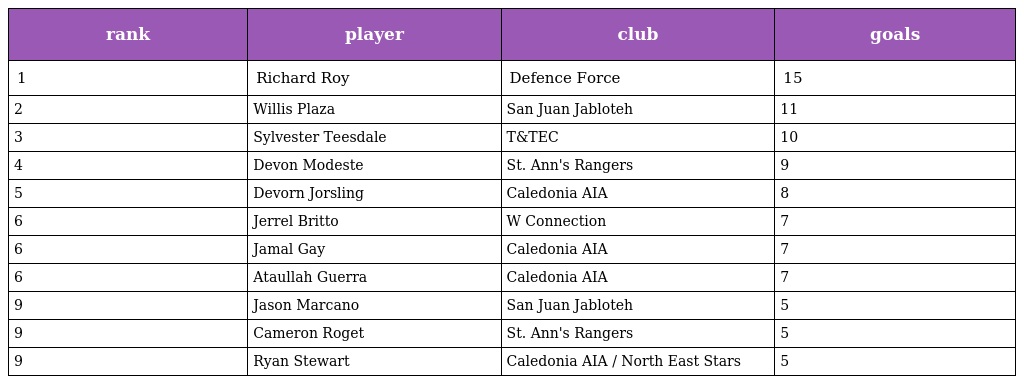
| rank | player | club | goals |
 | --- | --- | --- | --- |
 | 1 | Richard Roy | Defence Force | 15 |
 | 2 | Willis Plaza | San Juan Jabloteh | 11 |
 | 3 | Sylvester Teesdale | T&TEC | 10 |
 | 4 | Devon Modeste | St. Ann's Rangers | 9 |
 | 5 | Devorn Jorsling | Caledonia AIA | 8 |
 | 6 | Jerrel Britto | W Connection | 7 |
 | 6 | Jamal Gay | Caledonia AIA | 7 |
 | 6 | Ataullah Guerra | Caledonia AIA | 7 |
 | 9 | Jason Marcano | San Juan Jabloteh | 5 |
 | 9 | Cameron Roget | St. Ann's Rangers | 5 |
 | 9 | Ryan Stewart | Caledonia AIA / North East Stars | 5 |